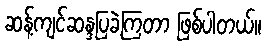
ဆန့်ကျင်ဆန္ဒပြခဲ့ကြတာ ဖြစ်ပါတယ်။